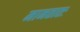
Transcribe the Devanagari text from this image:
मानतातः